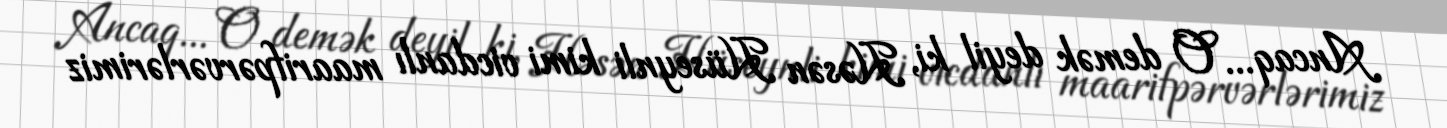
Ancaq... O demək deyil ki, Həsən Hüseynli kimi vicdanlı maarifpərvərlərimiz